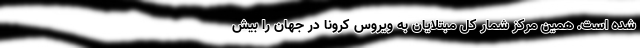
شده است. همین مرکز شمار کل مبتلایان به ویروس کرونا در جهان را بیش